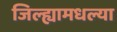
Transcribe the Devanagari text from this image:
जिल्ह्यामधल्या